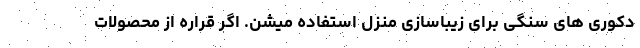
دکوری های سنگی برای زیباسازی منزل استفاده میشن. اگر قراره از محصولات